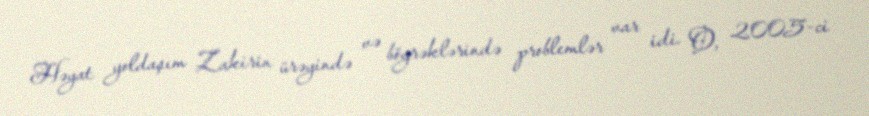
Həyat yoldaşım Zakirin ürəyində və böyrəklərində problemlər var idi. O, 2005-ci